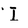
Character: I